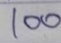
100